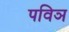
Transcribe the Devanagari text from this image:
पविञ